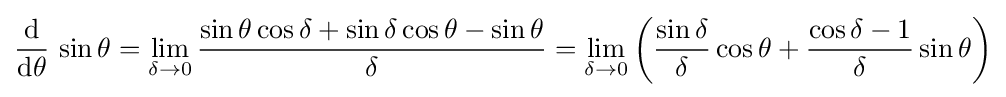
{\frac {\operatorname {d} }{\operatorname {d} \!\theta }}\,\sin \theta =\lim _{\delta \to 0}{\frac {\sin \theta \cos \delta +\sin \delta \cos \theta -\sin \theta }{\delta }}=\lim _{\delta \to 0}\left({\frac {\sin \delta }{\delta }}\cos \theta +{\frac {\cos \delta -1}{\delta }}\sin \theta \right)